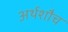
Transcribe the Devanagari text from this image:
अर्थशौच